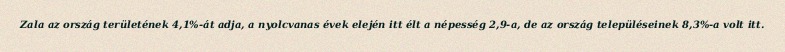
Zala az ország területének 4,1%-át adja, a nyolcvanas évek elején itt élt a népesség 2,9-a, de az ország településeinek 8,3%-a volt itt.